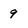
Character: 9